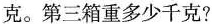
克。第三箱重多少千克?